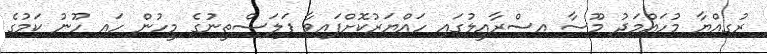
ރުގިއްޔާ މުހައްމަދު މޫސާ އިސްރާއީލުގައި ހައްޔަރުކޮށްފައިވާ ފަލަސްތީނުގެ މީހުން ހައި ހޫނު ކަމުގެ